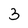
Character: 3